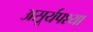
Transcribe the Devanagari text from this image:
असूर्यपश्या